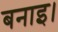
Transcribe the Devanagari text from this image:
बनाइ।